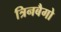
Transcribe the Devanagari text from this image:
त्रिनबैगो